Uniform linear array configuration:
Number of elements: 32
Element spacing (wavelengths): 0.75
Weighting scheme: cosine
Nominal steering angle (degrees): -15
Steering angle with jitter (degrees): -13.228
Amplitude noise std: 0.05
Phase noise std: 0.05

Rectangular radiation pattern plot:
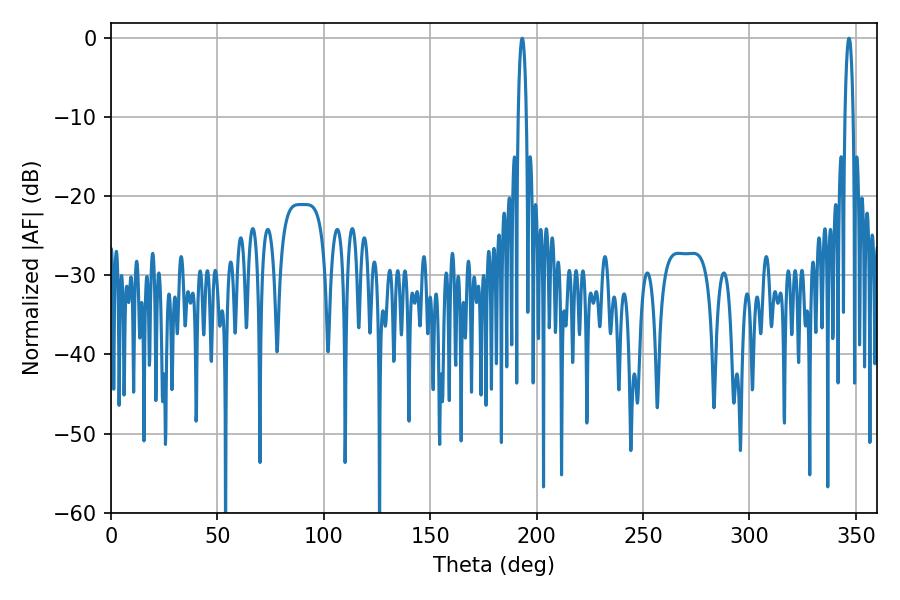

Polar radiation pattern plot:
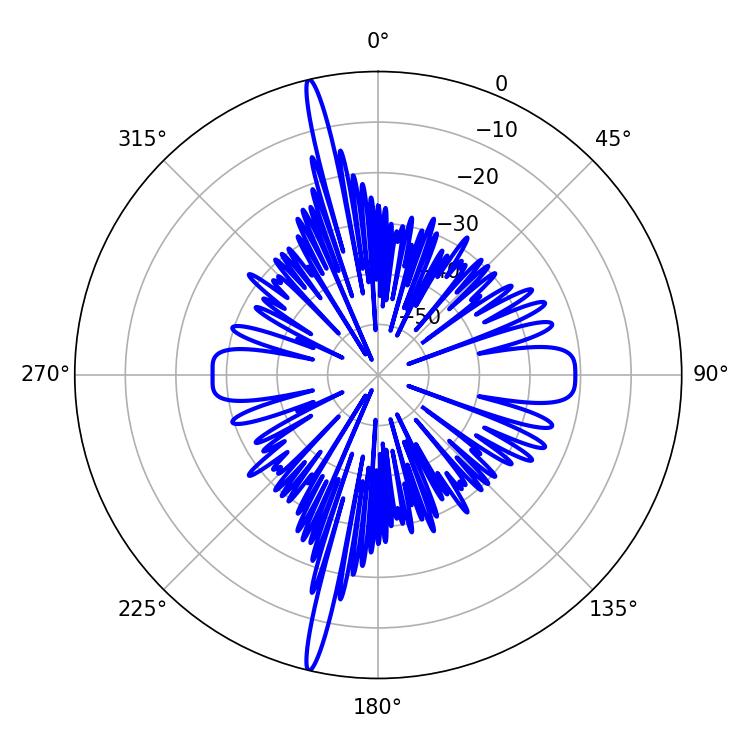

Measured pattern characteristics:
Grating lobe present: TRUE
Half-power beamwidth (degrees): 1.98
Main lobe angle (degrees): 193.14